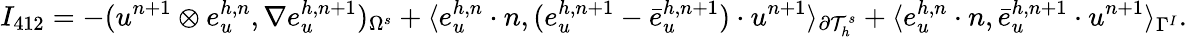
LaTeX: I_{412}=-(u^{n+1}\otimes e_{u}^{h,n},\nabla e_{u}^{h,n+1})_{\Omega^{s}}+\langle e_{u}^{h,n}\cdot n,(e_{u}^{h,n+1}-\bar{e}_{u}^{h,n+1})\cdot u^{n+1}\rangle_{\partial\mathcal{T}_{h}^{s}}+\langle e_{u}^{h,n}\cdot n,\bar{e}_{u}^{h,n+1}\cdot u^{n+1}\rangle_{\Gamma^{I}}.